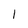
Character: l